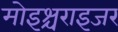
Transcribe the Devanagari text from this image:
मोइश्चराइजर